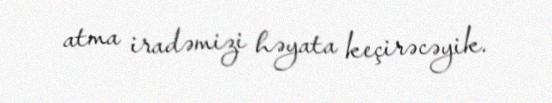
atma iradəmizi həyata keçirəcəyik.